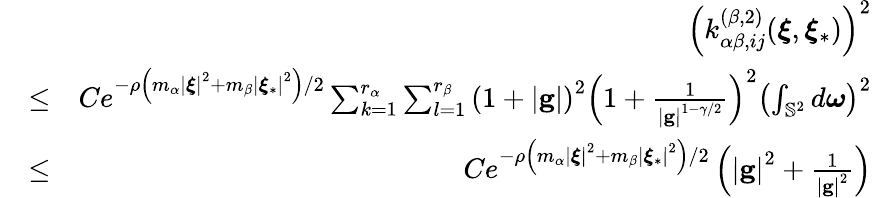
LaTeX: \begin{array}{rlr}&{}&{\left(k_{\alpha\beta,ij}^{\left(\beta,2\right)}(\boldsymbol{\xi},\boldsymbol{\xi}_{\ast})\right)^{2}}\\ &{\leq}&{Ce^{-\rho\left(m_{\alpha}\left\vert\boldsymbol{\xi}\right\vert^{2}+m_{\beta}\left\vert\boldsymbol{\xi}_{\ast}\right\vert^{2}\right)/2}\sum_{k=1}^{r_{\alpha}}\sum_{l=1}^{r_{\beta}}\left(1+\left\vert\mathbf{g}\right\vert\right)^{2}\left(1+\frac{1}{\left\vert\mathbf{g}\right\vert^{1-\gamma/2}}\right)^{2}\left(\int_{\mathbb{S}^{2}}d\boldsymbol{\omega}\right)^{2}}\\ &{\leq}&{Ce^{-\rho\left(m_{\alpha}\left\vert\boldsymbol{\xi}\right\vert^{2}+m_{\beta}\left\vert\boldsymbol{\xi}_{\ast}\right\vert^{2}\right)/2}\left(\left\vert\mathbf{g}\right\vert^{2}+\frac{1}{\left\vert\mathbf{g}\right\vert^{2}}\right)}\end{array}